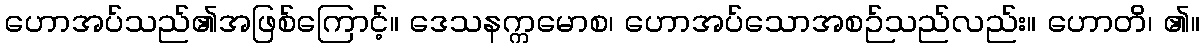
ဟောအပ်သည်၏အဖြစ်ကြောင့်။ ဒေသနက္ကမောစ၊ ဟောအပ်သောအစဉ်သည်လည်း။ ဟောတိ၊ ၏။